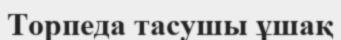
Торпеда тасушы ұшақ